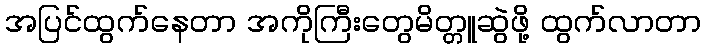
အပြင်ထွက်နေတာ အကိုကြီးတွေမိတ္တူဆွဲဖို့ ထွက်လာတာ